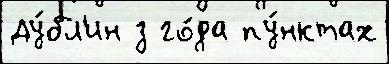
Ду́бл'ин з го́да пу́нктах